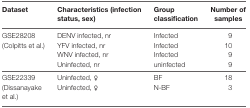
<table><thead><tr><td><b>Dataset</b></td><td><b>Characteristics (infection status, sex)</b></td><td><b>Group classification</b></td><td><b>Number of samples</b></td></tr></thead><tbody><tr><td rowspan="4">GSE28208 (Colpitts et al.)</td><td>DENV infected, nr</td><td>Infected</td><td>9</td></tr><tr><td>YFV infected, nr</td><td>Infected</td><td>10</td></tr><tr><td>WNV infected, nr</td><td>Infected</td><td>9</td></tr><tr><td>Uninfected, nr</td><td>uninfected</td><td>9</td></tr><tr><td rowspan="2">GSE22339 (Dissanayake et al.)</td><td>Uninfected, ♀</td><td>BF</td><td>18</td></tr><tr><td>Uninfected, ♀</td><td>N-BF</td><td>3</td></tr></tbody></table>